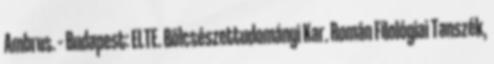
Ambrus. – Budapest: ELTE. Bölcsészettudományi Kar. Román Filológiai Tanszék,